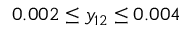
0 . 0 0 2 \leq y _ { 1 2 } \leq 0 . 0 0 4